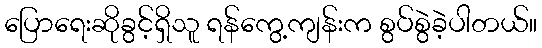
ပြောရေးဆိုခွင့်ရှိသူ ရန်ကွေ့ကျန်းက စွပ်စွဲခဲ့ပါတယ်။